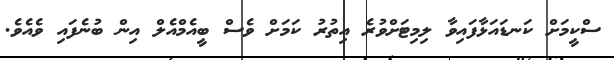
ސްކީމަށް ކަނޑައަޅާފައިވާ ލިމިޓަށްވުރެ އިތުރު ކަމަށް ވެސް ބީއެމްއެލް އިން ބުނެފައި ވެއެވެ.